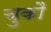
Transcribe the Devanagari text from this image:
चुकौ